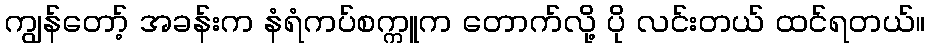
ကျွန်တော့် အခန်းက နံရံကပ်စက္ကူက တောက်လို့ ပို လင်းတယ် ထင်ရတယ်။